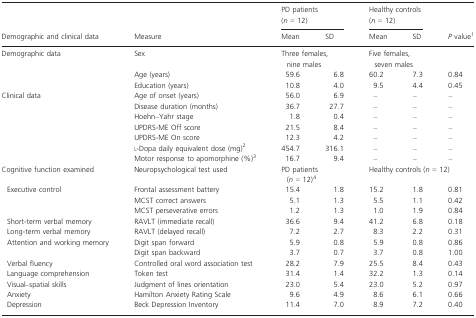
<table><thead><tr><td>[EMPTY_CELL]</td><td>[EMPTY_CELL]</td><td colspan="2"><b>PD patients (<i>n</i> = 12)</b></td><td colspan="2"><b>Healthy controls (<i>n</i> = 12)</b></td><td>[EMPTY_CELL]</td></tr><tr><td><b>Demographic and clinical data</b></td><td><b>Measure</b></td><td><b>Mean</b></td><td><b>SD</b></td><td><b>Mean</b></td><td><b>SD</b></td><td><b><i>P</i> value1</b></td></tr></thead><tbody><tr><td>Demographic data</td><td>Sex</td><td colspan="2">Three females, nine males</td><td colspan="2">Five females, seven males</td><td>[EMPTY_CELL]</td></tr><tr><td>[EMPTY_CELL]</td><td>Age (years)</td><td>59.6</td><td>6.8</td><td>60.2</td><td>7.3</td><td>0.84</td></tr><tr><td>[EMPTY_CELL]</td><td>Education (years)</td><td>10.8</td><td>4.0</td><td>9.5</td><td>4.4</td><td>0.45</td></tr><tr><td>Clinical data</td><td>Age of onset (years)</td><td>56.0</td><td>6.9</td><td>–</td><td>–</td><td>–</td></tr><tr><td>[EMPTY_CELL]</td><td>Disease duration (months)</td><td>36.7</td><td>27.7</td><td>–</td><td>–</td><td>–</td></tr><tr><td>[EMPTY_CELL]</td><td>Hoehn–Yahr stage</td><td>1.8</td><td>0.4</td><td>–</td><td>–</td><td>–</td></tr><tr><td>[EMPTY_CELL]</td><td>UPDRS-ME Off score</td><td>21.5</td><td>8.4</td><td>–</td><td>–</td><td>–</td></tr><tr><td>[EMPTY_CELL]</td><td>UPDRS-ME On score</td><td>12.3</td><td>4.2</td><td>–</td><td>–</td><td>–</td></tr><tr><td>[EMPTY_CELL]</td><td>l-Dopa daily equivalent dose (mg)2</td><td>454.7</td><td>316.1</td><td>–</td><td>–</td><td>–</td></tr><tr><td>[EMPTY_CELL]</td><td>Motor response to apomorphine (%)3</td><td>16.7</td><td>9.4</td><td>–</td><td>–</td><td>–</td></tr><tr><td>Cognitive function examined</td><td>Neuropsychological test used</td><td colspan="2">PD patients (<i>n</i> = 12) 4</td><td colspan="3">Healthy controls (<i>n</i> = 12)</td></tr><tr><td>Executive control</td><td>Frontal assessment battery</td><td>15.4</td><td>1.8</td><td>15.2</td><td>1.8</td><td>0.81</td></tr><tr><td>[EMPTY_CELL]</td><td>MCST correct answers</td><td>5.1</td><td>1.3</td><td>5.5</td><td>1.1</td><td>0.42</td></tr><tr><td>[EMPTY_CELL]</td><td>MCST perseverative errors</td><td>1.2</td><td>1.3</td><td>1.0</td><td>1.9</td><td>0.84</td></tr><tr><td>Short-term verbal memory</td><td>RAVLT (immediate recall)</td><td>36.6</td><td>9.4</td><td>41.2</td><td>6.8</td><td>0.18</td></tr><tr><td>Long-term verbal memory</td><td>RAVLT (delayed recall)</td><td>7.2</td><td>2.7</td><td>8.3</td><td>2.2</td><td>0.31</td></tr><tr><td>Attention and working memory</td><td>Digit span forward</td><td>5.9</td><td>0.8</td><td>5.9</td><td>0.8</td><td>0.86</td></tr><tr><td>[EMPTY_CELL]</td><td>Digit span backward</td><td>3.7</td><td>0.7</td><td>3.7</td><td>0.8</td><td>1.00</td></tr><tr><td>Verbal fluency</td><td>Controlled oral word association test</td><td>28.2</td><td>7.9</td><td>25.5</td><td>8.4</td><td>0.43</td></tr><tr><td>Language comprehension</td><td>Token test</td><td>31.4</td><td>1.4</td><td>32.2</td><td>1.3</td><td>0.14</td></tr><tr><td>Visual–spatial skills</td><td>Judgment of lines orientation</td><td>23.0</td><td>5.4</td><td>23.0</td><td>5.2</td><td>0.97</td></tr><tr><td>Anxiety</td><td>Hamilton Anxiety Rating Scale</td><td>9.6</td><td>4.9</td><td>8.6</td><td>6.1</td><td>0.66</td></tr><tr><td>Depression</td><td>Beck Depression Inventory</td><td>11.4</td><td>7.0</td><td>8.9</td><td>7.2</td><td>0.40</td></tr></tbody></table>